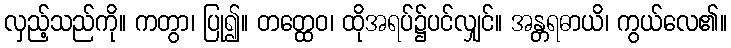
လှည့်သည်ကို။ ကတွာ၊ ပြု၍။ တတ္ထေဝ၊ ထိုအရပ်၌ပင်လျှင်။ အန္တရဓာယိ၊ ကွယ်လေ၏။